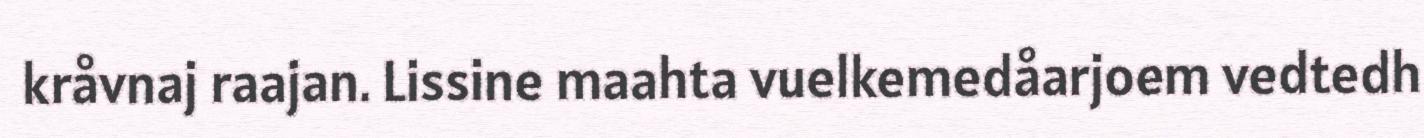
kråvnaj raajan. Lissine maahta vuelkemedåarjoem vedtedh